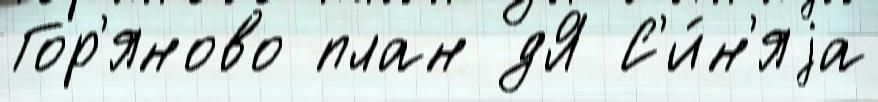
Гор'яново план дЯ С'и́н'яjа